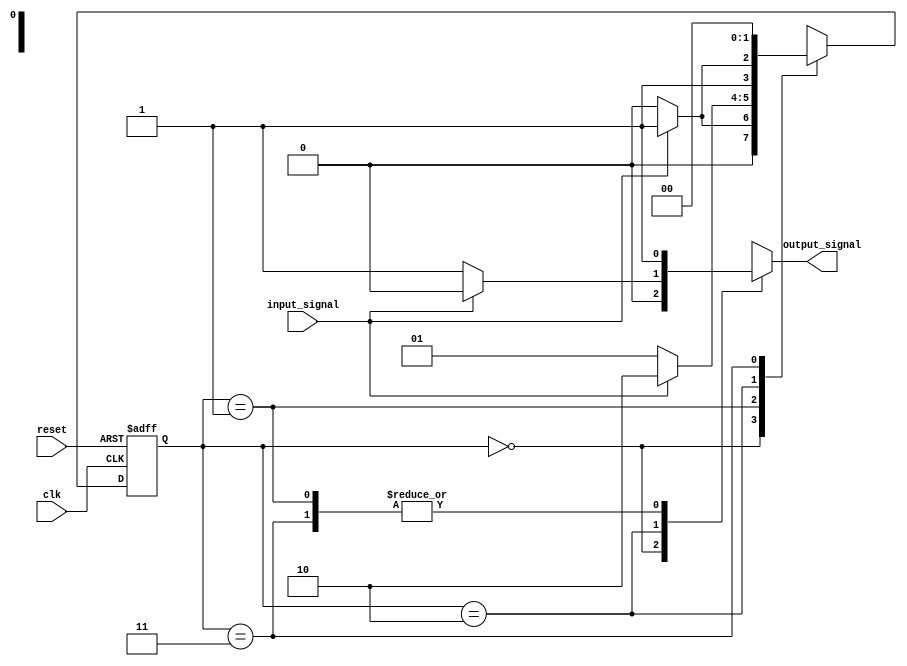
module state_machine(
    input wire clk, //clock signal
    input wire reset, //reset signal
    input wire input_signal, //input signal for state transition
    output reg output_signal //output signal based on current state
);

// Define states using reduced state encoding
parameter state_0 = 2'b00; // State 0
parameter state_1 = 2'b01; // State 1
parameter state_2 = 2'b10; // State 2
parameter state_3 = 2'b11; // State 3

// Define state register
reg [1:0] state_reg, next_state;

// Define state transitions and output logic
always @(posedge clk or posedge reset) begin
    if (reset) begin
        state_reg <= state_0; // Initialize state to state 0
    end else begin
        state_reg <= next_state; // Update state based on next_state
    end
end

// Define state transitions and output logic based on current state
always @* begin
    case (state_reg)
        state_0: begin
            if (input_signal) begin // Transition to state 1
                next_state = state_1;
                output_signal = 1'b0;
            end else begin
                next_state = state_0; // Stay in state 0
                output_signal = 1'b0;
            end
        end
        state_1: begin
            if (input_signal) begin // Transition to state 2
                next_state = state_2;
                output_signal = 1'b1;
            end else begin
                next_state = state_1; // Stay in state 1
                output_signal = 1'b1;
            end
        end
        state_2: begin
            if (input_signal) begin // Transition to state 3
                next_state = state_3;
                output_signal = 1'b0;
            end else begin
                next_state = state_2; // Stay in state 2
                output_signal = 1'b1;
            end
        end
        state_3: begin
            next_state = state_0; // Transition back to state 0
            output_signal = 1'b1;
        end
    endcase
end

endmodule